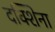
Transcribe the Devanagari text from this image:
दक्शिना